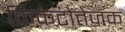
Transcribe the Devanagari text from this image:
क्रिकेटोत्तेजक